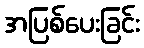
အပြစ်ပေးခြင်း